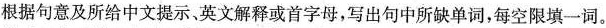
根据句意及所给中文提示、英文解释或首字母，写出句中所缺单词，每空限填一词。